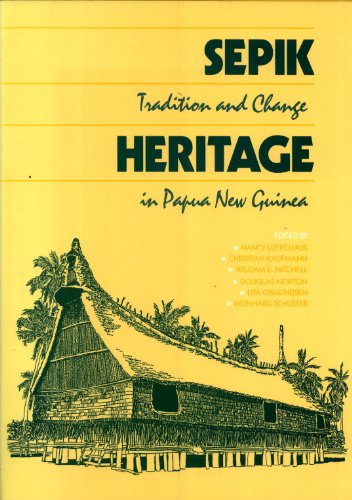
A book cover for Sepik Heritage: Tradition and Change in Papua New Guinea; History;